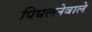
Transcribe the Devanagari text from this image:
पिघलनेवाले